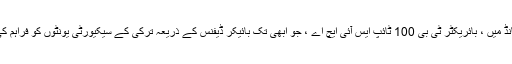
زیربحث ٹیکٹیکل یو اے وی کمانڈ کمانڈ میں ، بائریکٹر ٹی بی 100 ٹائپ ایس آئی ایچ اے ، جو ابھی تک بائیکر ڈیفنس کے ذریعہ ترکی کے سیکیورٹی یونٹوں کو فراہم کی جاچکی ہیں ، استعمال کی جائیں گی۔